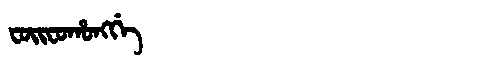
Manchu: ᠸᠣᡳᠸᠣᡥᠣᠩᡤᡝ
Romanization: FOIFOHONGGE